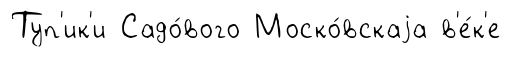
Туп'ик'и Садо́вого Моско́вскаjа в'е́к'е